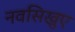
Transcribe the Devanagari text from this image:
नवसिखुए